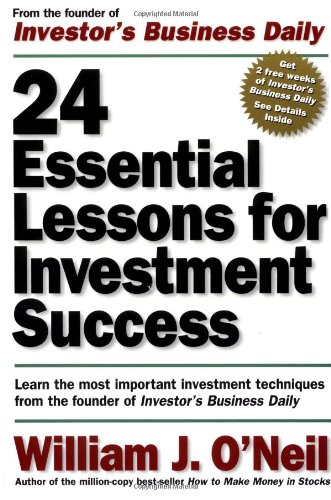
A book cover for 24 Essential Lessons for Investment Success: Learn the Most Important Investment Techniques from the Founder of Investor's Business Daily; William J. O'Neil; Business & Money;